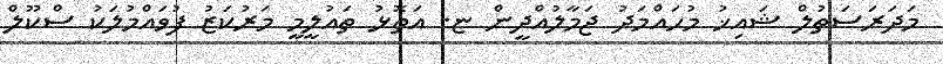
މަދަރަސަތުލް ޝައިޚު މުހައްމަދު ޖަމާލުއްދީން ޏ. އަތޮޅު ތައުލީމީ މަރުކަޒު ފުވައްމުލަކު ސްކޫލް